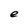
Character: e